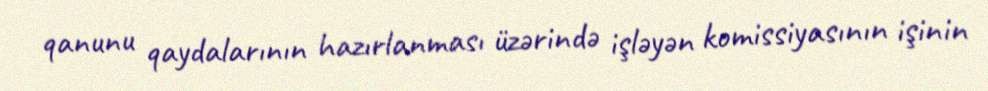
qanunu qaydalarının hazırlanması üzərində işləyən komissiyasının işinin